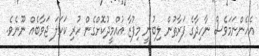
އެހެންނަމަވެސް ނާހިދާގެ ފަރާތުން ލިބުނީ މިފުޒާ އުއްމީދުކޮށްގެން ހުރި ކަހަލަ ޖަވާބެއް ނޫނެވެ.